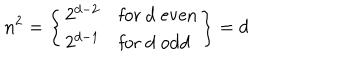
n ^ { 2 } = \left\{ \begin{array} { l l } { { 2 ^ { d - 2 } } } & { { \mathrm { f o r ~ d ~ e v e n } } } \\ { { 2 ^ { d - 1 } } } & { { \mathrm { f o r ~ d ~ o d d } } } \\ \end{array} \right\} = d